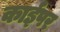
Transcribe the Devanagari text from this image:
काईपर